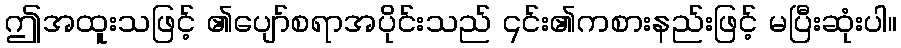
ဤအထူးသဖြင့် ၏ပျော်စရာအပိုင်းသည် ၎င်း၏ကစားနည်းဖြင့် မပြီးဆုံးပါ။